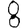
Digit: 8